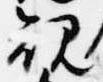
規